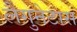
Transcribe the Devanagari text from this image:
लैगुनेटास